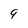
Character: 9